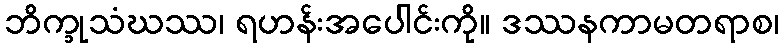
ဘိက္ခုသံဃဿ၊ ရဟန်းအပေါင်းကို။ ဒဿနကာမတရာစ၊